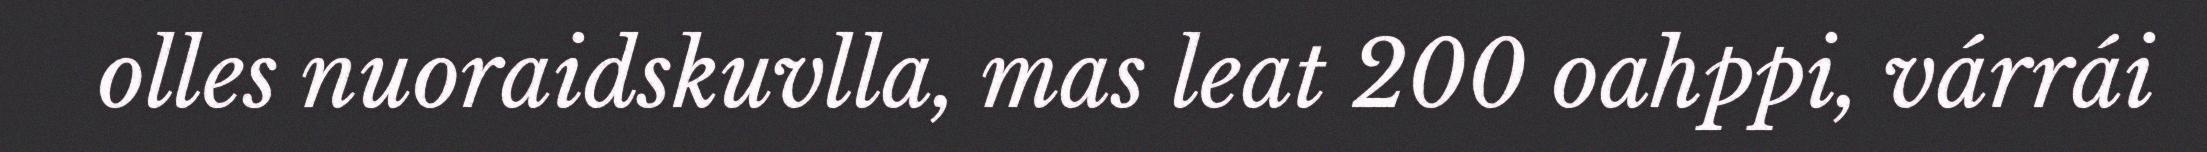
olles nuoraidskuvlla, mas leat 200 oahppi, várrái